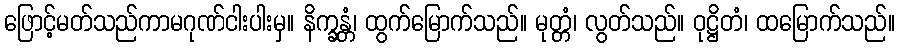
ဖြောင့်မတ်သည်ကာမဂုဏ်ငါးပါးမှ။ နိက္ခန္တံ၊ ထွက်မြောက်သည်။ မုတ္တံ၊ လွတ်သည်။ ဝုဋ္ဌိတံ၊ ထမြောက်သည်။